Notes on vaccination in the North-West Frontier Province 1923-1928 - 1923-1928
Year: 1923
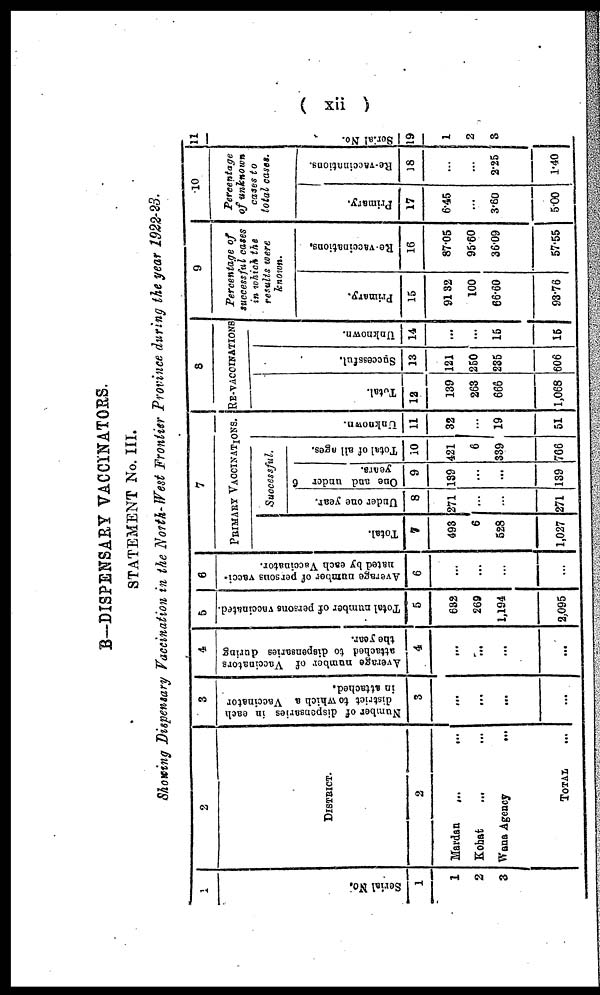
( xii )
B—DISPENSARY VACCINATORS.
STATEMENT No. III.
Showing Dispensary Vaccination in the North-West Frontier Province during the year 1922-23.
1
Serial No.
1
1
2
3
2
DISTRICT.
2
Mardan
...
...
Kohat ... ...
Wana Agency
...
TOTAL ...
3
Number of dispensaries in each
district to which a Vaccinator
in attached.
3
...
...
...
...
4
Average number of Vaccinators
attached to dispensaries during
the year.
4
...
...
...
...
5
Total number of persons vaccinated.
5
632
269
1,194
2,095
6
Average number of persons vacci¬
nated by each Vaccinator.
6
...
...
...
...
7
PRIMARY VACCINATIONS.
Total.
7
493
6
528
1,027
Successful.
Under one year.
8
271
...
...
271
One and under 6
years.
9
139
...
...
139
Total of all ages.
10
421
6
339
766
Unknown.
11
32
...
19
51
8
RE-VACCINATIONS.
Total.
12
139
263
666
1,068
Successful.
13
121
250
235
606
Unknown.
14
...
...
15
15
9
Percentage of
successful cases
in which the
results were
known.
Primary.
15
91.32
100
66.60
93.76
Re-vaccinations.
16
87.05
95.60
36.09
57.55
10
Percentage
of unknown
cases to
total cases.
Primary.
17
6.45
...
3.60
5.00
Re-vaccinations.
18
...
...
2.25
1.40
11
Serial No.
19
1
2
3